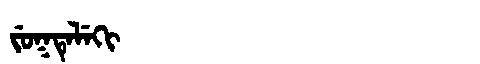
Manchu: ᠵᡠᡴᡨᡝᠯᡝᡴᡳ
Romanization: JUKTELEKI